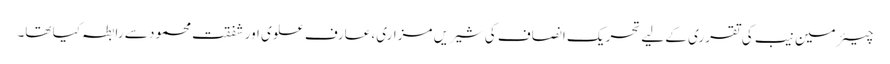
چیئرمین نیب کی تقرری کے لیے تحریک انصاف کی شیریں مزاری، عارف علوی اور شفقت محمود سے رابطہ کیا تھا۔